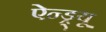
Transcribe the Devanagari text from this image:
ऐन्ड्र्यू